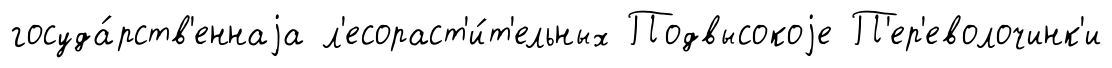
госуда́рств'еннаjа л'есораст'и́т'ельных Подвысокоjе П'ер'еволочинк'и